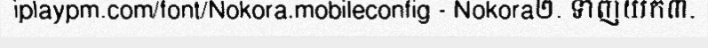
iplaypm.com/font/Nokora.mobileconfig - Nokora២. ទាញយក៣.